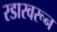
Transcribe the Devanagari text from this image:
रडारवरून